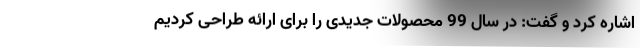
اشاره کرد و گفت: در سال 99 محصولات جدیدی را برای ارائه طراحی کردیم